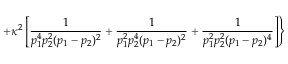
+ \kappa ^ { 2 } \left[ { \frac { 1 } { p _ { 1 } ^ { 4 } p _ { 2 } ^ { 2 } ( p _ { 1 } - p _ { 2 } ) ^ { 2 } } } + { \frac { 1 } { p _ { 1 } ^ { 2 } p _ { 2 } ^ { 4 } ( p _ { 1 } - p _ { 2 } ) ^ { 2 } } } + { \frac { 1 } { p _ { 1 } ^ { 2 } p _ { 2 } ^ { 2 } ( p _ { 1 } - p _ { 2 } ) ^ { 4 } } } \right] \Biggr \}